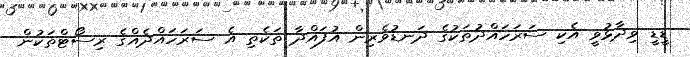
ޑީޑީ ވިދާޅުވީ އެކި ސަރަހައްދުތަކުގެ ދަނޑުވެރިން އުފައްދާ ތަކެތި އެ ސަރަހައްދެއްގެ ރިސޯޓްތަކުން